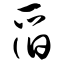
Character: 舀